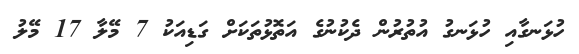
ހުޅަނގާއި ހުޅަނގު އުތުރުން ދެކުނުގެ އަތޮޅުތަކަށް ގަޑިއަކު 7 މޭލާ 17 މޭލު